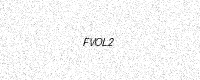
Text: FVOL2